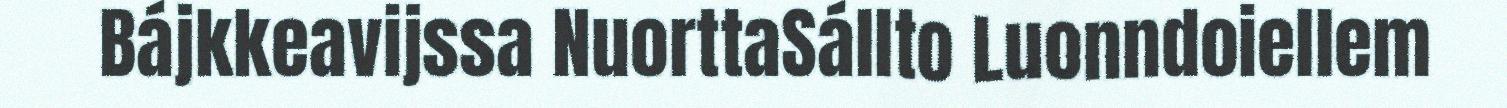
Bájkkeavijssa NuorttaSállto Luonndoiellem